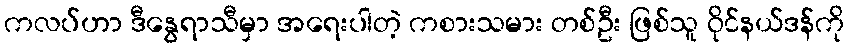
ကလပ်ဟာ ဒီနွေရာသီမှာ အရေးပါတဲ့ ကစားသမား တစ်ဦး ဖြစ်သူ ဝိုင်နယ်ဒန်ကို